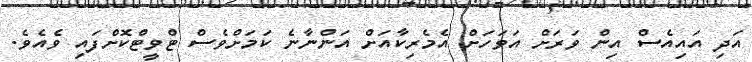
އަދި އައިއެސް އިން ވަރަށް އަވަހަށް އެމެރިކާއަށް އަންނާނެ ކަމަށްވެސް ޓްވީޓްކޮށްފައި ވެއެވެ.